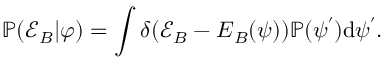
\mathbb { P } ( \mathcal { E } _ { B } | \boldsymbol { \varphi } ) = \int \delta ( \mathcal { E } _ { B } - \boldsymbol { E } _ { B } ( \boldsymbol { \psi } ) ) \mathbb { P } ( \boldsymbol { \psi ^ { \prime } } ) \mathrm { d } \boldsymbol { \psi ^ { \prime } } .